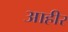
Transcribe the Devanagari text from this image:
आहीर